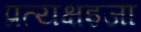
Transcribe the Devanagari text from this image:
प्रत्यक्षइजा